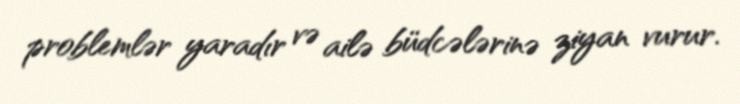
problemlər yaradır və ailə büdcələrinə ziyan vurur.